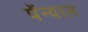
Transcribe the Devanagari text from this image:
पेंन्याल